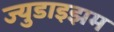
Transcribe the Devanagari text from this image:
ज्युडाइझम